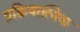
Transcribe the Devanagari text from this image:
प्रक्रियात्मिक